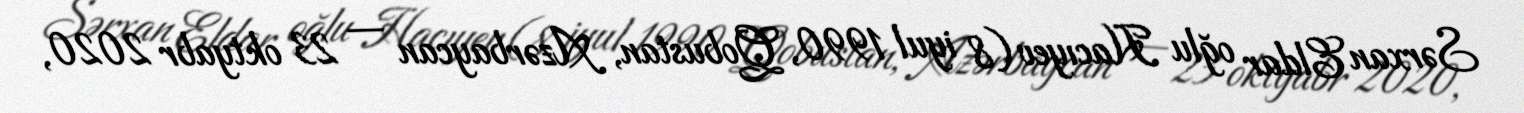
Sərxan Eldar oğlu Hacıyev (8 iyul 1990, Qobustan, Azərbaycan — 23 oktyabr 2020,